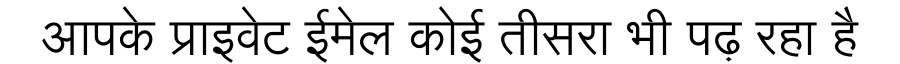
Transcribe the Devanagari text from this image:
आपके प्राइवेट ईमेल कोई तीसरा भी पढ़ रहा है